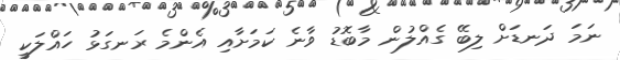
ނަމަ ދަނޑަށް ލިބޭ ގެއްލުން މާބޮޑު ވާނެ ކަމަށާއި އެންމެ ރަނގަޅު ހައްލަކީ